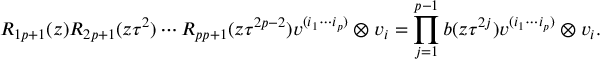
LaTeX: R _ { 1 p + 1 } ( z ) R _ { 2 p + 1 } ( z \tau ^ { 2 } ) \cdots R _ { p p + 1 } ( z \tau ^ { 2 p - 2 } ) v ^ { ( i _ { 1 } \cdots i _ { p } ) } \otimes v _ { i } = \prod _ { j = 1 } ^ { p - 1 } b ( z \tau ^ { 2 j } ) v ^ { ( i _ { 1 } \cdots i _ { p } ) } \otimes v _ { i } .